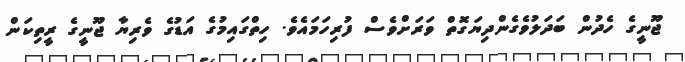
ޖޫނީގެ ހެދުން ބަދަލުވެގެންދިޔަގޮތް ވަރަށްވެސް ފުރިހަމައެވެ. ހިތްގައިމުގެ އަޑުގެ ވެރިޔާ ޖޫނީގެ ރީތިކަން